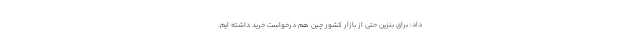
داد: برای بنزین حتی از بازار کشور چین هم درخواست خرید داشته ایم.